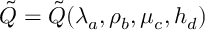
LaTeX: \tilde { { \cal Q } } = \tilde { { \cal Q } } ( \lambda _ { a } , \rho _ { b } , \mu _ { c } , h _ { d } )